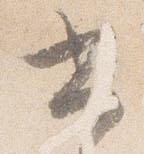
書